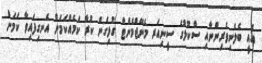
އެއީ ބެލެނިވެރިންނާއި ސްކޫލުގެ ސީނިއަރ މެނޭޖްމެންޓް ގުޅިގެން ކުރާ ކަމެއްކަމަށް އެނގިފައިވާ ކަމަށް